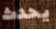
يحدث